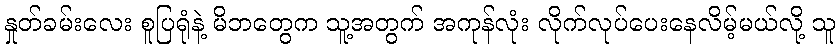
နှုတ်ခမ်းလေး စူပြရုံနဲ့ မိဘတွေက သူ့အတွက် အကုန်လုံး လိုက်လုပ်ပေးနေလိမ့်မယ်လို့ သူ